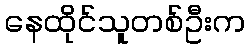
နေထိုင်သူတစ်ဦးက